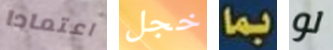
اعتمادا خجل بما لو